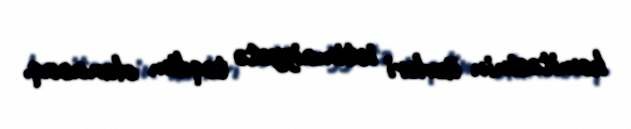
komitəsinin üzvləri ictimaiyyətə təqdim olunacaq.